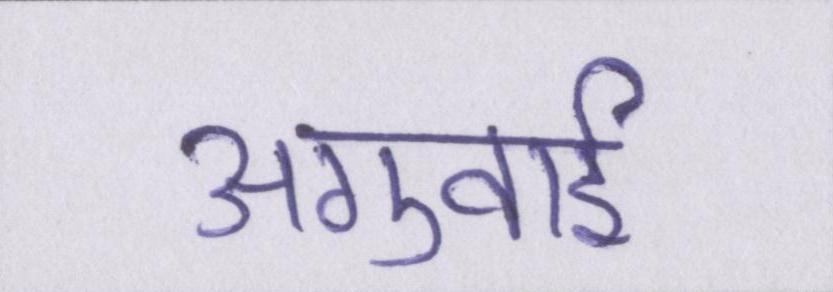
अगुवाई